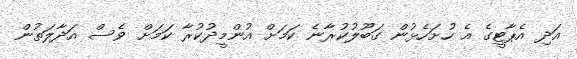
އަދި އެޕާޓީގެ އެ ހުށަހެޅުން ގަބޫލުކުރާނެ ކަމަށް އުންމީދުކުރާ ކަމަށް ވެސް އަދާލަތުން